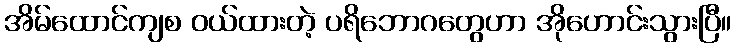
အိမ်ထောင်ကျစ ဝယ်ထားတဲ့ ပရိဘောဂတွေဟာ အိုဟောင်းသွားပြီ။